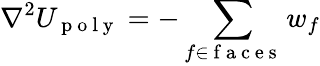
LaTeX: \nabla^{2}U_{\mathrm{~p~o~l~y~}}=-\sum_{f\in\mathrm{~f~a~c~e~s~}}w_{f}